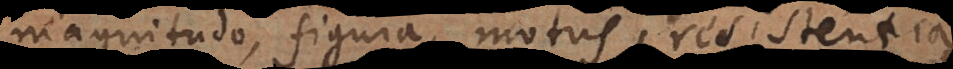
magnitudo, figura, motus, resistentia